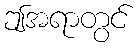
ဤအရာတွင်